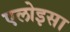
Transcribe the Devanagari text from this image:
एलोइसा